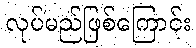
လုပ်မည်ဖြစ်ကြောင်း